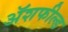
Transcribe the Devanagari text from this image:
ॲशफील्ड